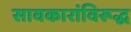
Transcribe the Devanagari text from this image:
सावकारांविरूद्ध